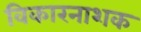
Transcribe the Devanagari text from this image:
विकारनाशक